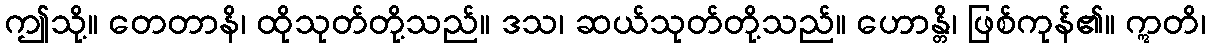
ဤသို့။ တေတာနိ၊ ထိုသုတ်တို့သည်။ ဒသ၊ ဆယ်သုတ်တို့သည်။ ဟောန္တိ၊ ဖြစ်ကုန်၏။ ဣတိ၊